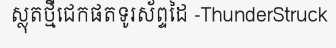
ស្លុតថ្មីជេកផតទូរស័ព្ទដៃ -ThunderStruck